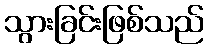
သွားခြင်းဖြစ်သည်